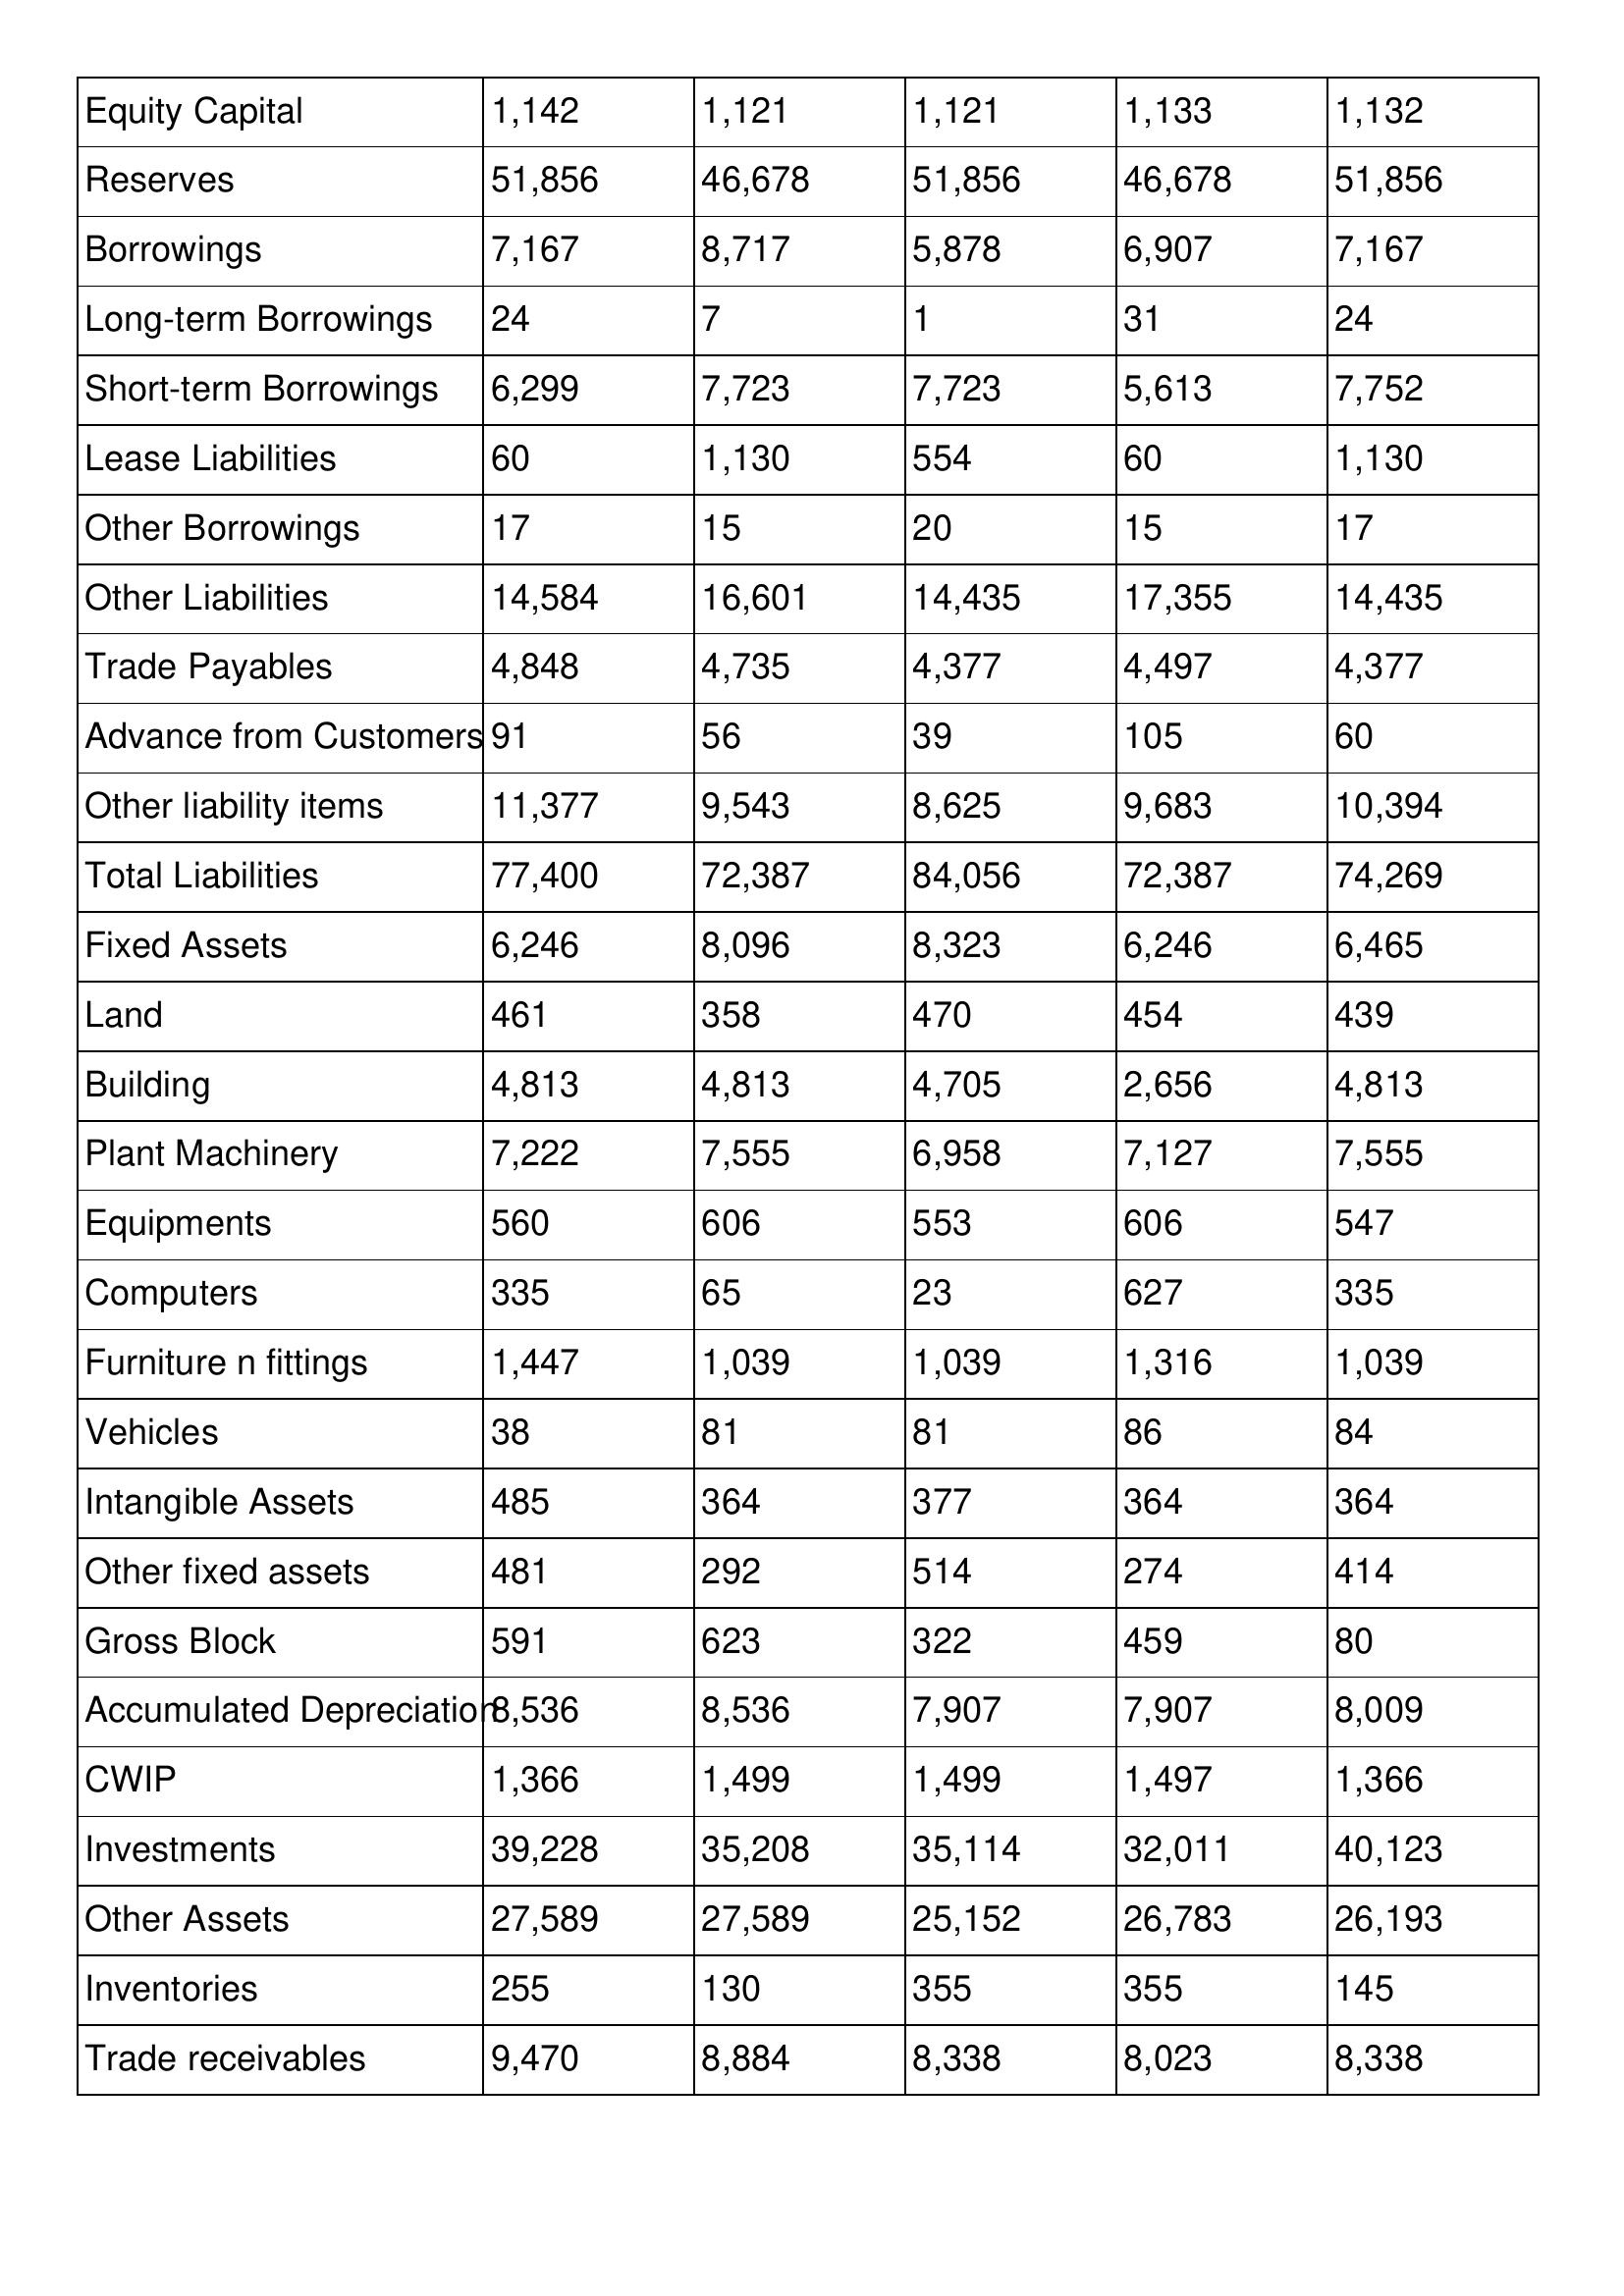
gt_parse: 2002: Balance Sheet: Equity Capital: 1,142
Reserves: 51,856
Borrowings: 7,167
Long-term Borrowings: 24
Short-term Borrowings: 6,299
Lease Liabilities: 60
Other Borrowings: 17
Other Liabilities: 14,584
Trade Payables: 4,848
Advance from Customers: 91
Other liability items: 11,377
Total Liabilities: 77,400
Fixed Assets: 6,246
Land: 461
Building: 4,813
Plant Machinery: 7,222
Equipments: 560
Computers: 335
Furniture n fittings: 1,447
Vehicles: 38
Intangible Assets: 485
Other fixed assets: 481
Gross Block: 591
Accumulated Depreciation: 8,536
CWIP: 1,366
Investments: 39,228
Other Assets: 27,589
Inventories: 255
Trade receivables: 9,470
2001: Balance Sheet: Equity Capital: 1,121
Reserves: 46,678
Borrowings: 8,717
Long-term Borrowings: 7
Short-term Borrowings: 7,723
Lease Liabilities: 1,130
Other Borrowings: 15
Other Liabilities: 16,601
Trade Payables: 4,735
Advance from Customers: 56
Other liability items: 9,543
Total Liabilities: 72,387
Fixed Assets: 8,096
Land: 358
Building: 4,813
Plant Machinery: 7,555
Equipments: 606
Computers: 65
Furniture n fittings: 1,039
Vehicles: 81
Intangible Assets: 364
Other fixed assets: 292
Gross Block: 623
Accumulated Depreciation: 8,536
CWIP: 1,499
Investments: 35,208
Other Assets: 27,589
Inventories: 130
Trade receivables: 8,884
2000: Balance Sheet: Equity Capital: 1,121
Reserves: 51,856
Borrowings: 5,878
Long-term Borrowings: 1
Short-term Borrowings: 7,723
Lease Liabilities: 554
Other Borrowings: 20
Other Liabilities: 14,435
Trade Payables: 4,377
Advance from Customers: 39
Other liability items: 8,625
Total Liabilities: 84,056
Fixed Assets: 8,323
Land: 470
Building: 4,705
Plant Machinery: 6,958
Equipments: 553
Computers: 23
Furniture n fittings: 1,039
Vehicles: 81
Intangible Assets: 377
Other fixed assets: 514
Gross Block: 322
Accumulated Depreciation: 7,907
CWIP: 1,499
Investments: 35,114
Other Assets: 25,152
Inventories: 355
Trade receivables: 8,338
1999: Balance Sheet: Equity Capital: 1,133
Reserves: 46,678
Borrowings: 6,907
Long-term Borrowings: 31
Short-term Borrowings: 5,613
Lease Liabilities: 60
Other Borrowings: 15
Other Liabilities: 17,355
Trade Payables: 4,497
Advance from Customers: 105
Other liability items: 9,683
Total Liabilities: 72,387
Fixed Assets: 6,246
Land: 454
Building: 2,656
Plant Machinery: 7,127
Equipments: 606
Computers: 627
Furniture n fittings: 1,316
Vehicles: 86
Intangible Assets: 364
Other fixed assets: 274
Gross Block: 459
Accumulated Depreciation: 7,907
CWIP: 1,497
Investments: 32,011
Other Assets: 26,783
Inventories: 355
Trade receivables: 8,023
1998: Balance Sheet: Equity Capital: 1,132
Reserves: 51,856
Borrowings: 7,167
Long-term Borrowings: 24
Short-term Borrowings: 7,752
Lease Liabilities: 1,130
Other Borrowings: 17
Other Liabilities: 14,435
Trade Payables: 4,377
Advance from Customers: 60
Other liability items: 10,394
Total Liabilities: 74,269
Fixed Assets: 6,465
Land: 439
Building: 4,813
Plant Machinery: 7,555
Equipments: 547
Computers: 335
Furniture n fittings: 1,039
Vehicles: 84
Intangible Assets: 364
Other fixed assets: 414
Gross Block: 80
Accumulated Depreciation: 8,009
CWIP: 1,366
Investments: 40,123
Other Assets: 26,193
Inventories: 145
Trade receivables: 8,338